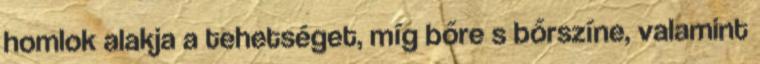
homlok alakja a tehetséget, míg bőre s bőrszíne, valamint